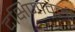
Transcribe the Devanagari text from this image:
दक्षिणावली